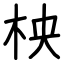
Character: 柍